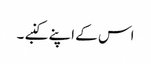
اس کے اپنے کنبے ۔